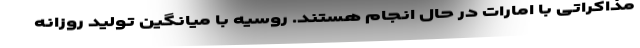
مذاکراتی با امارات در حال انجام هستند. روسیه با میانگین تولید روزانه